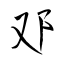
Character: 邓